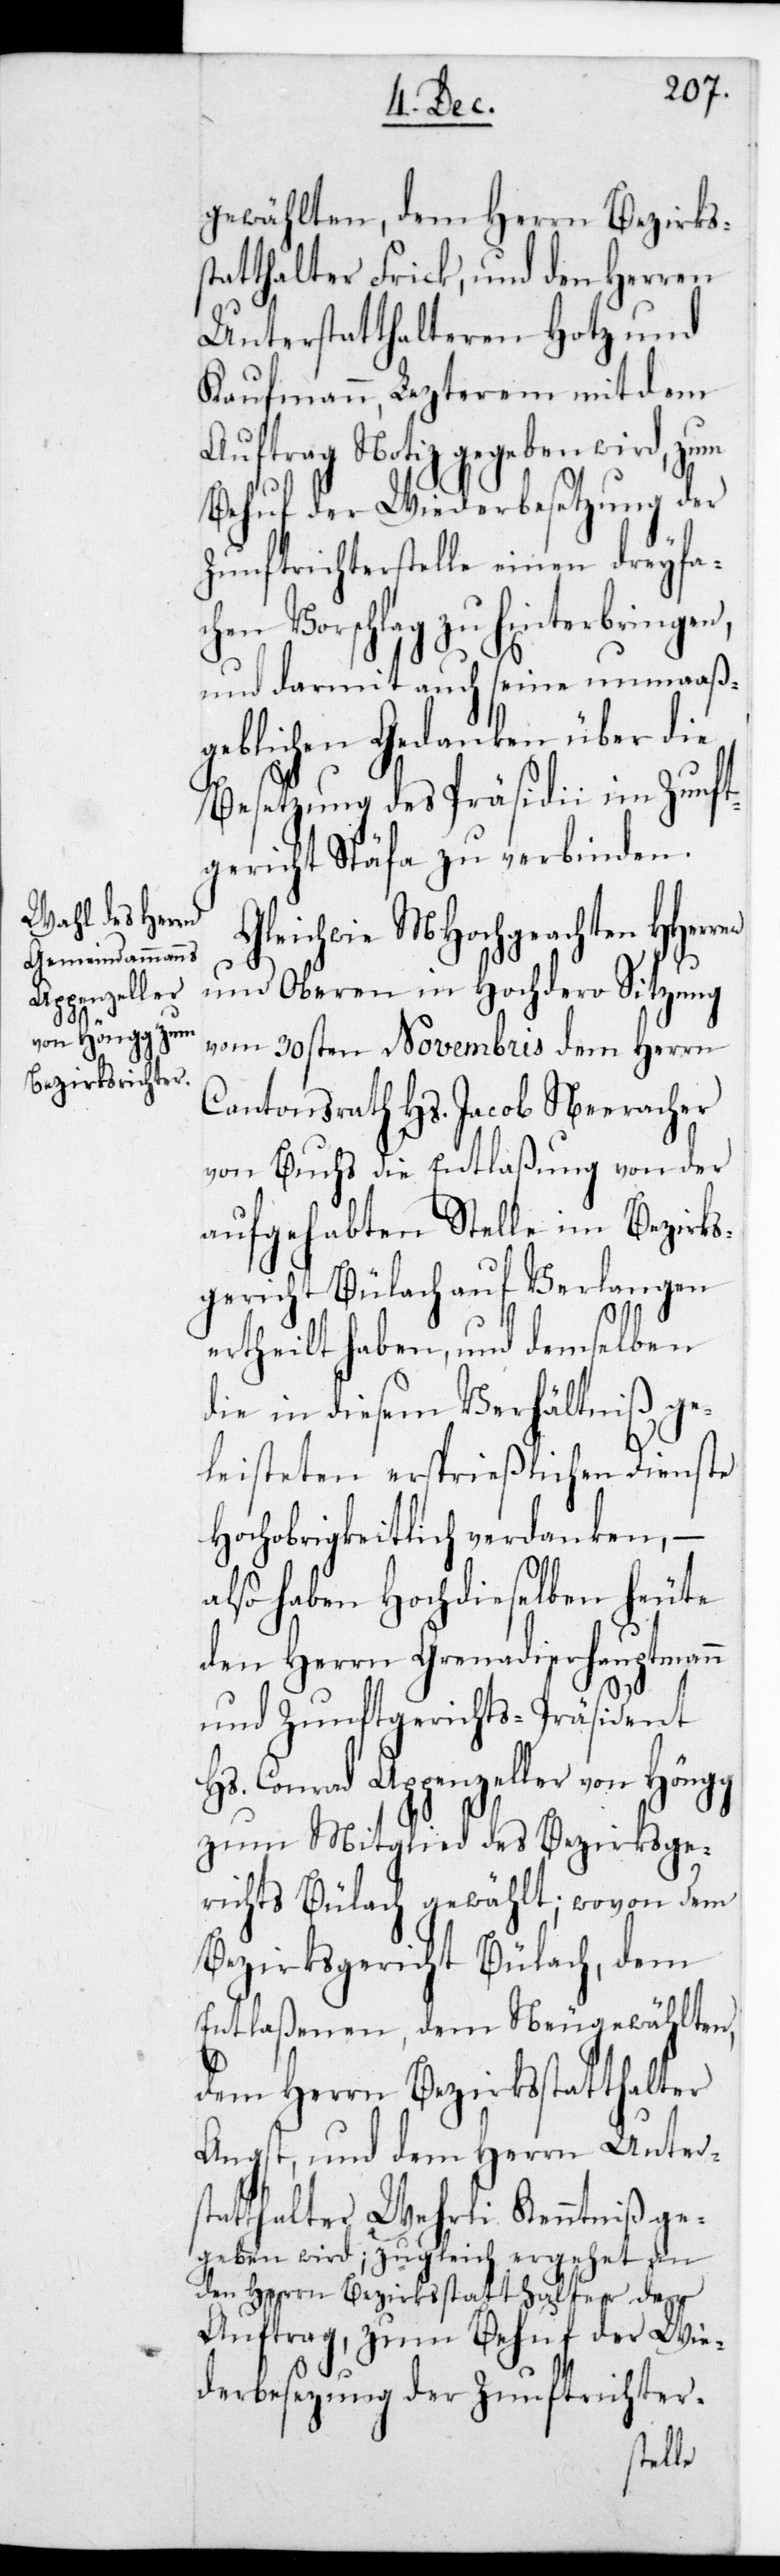
Gewählten, dem Herrn Bezirks¬
statthalter Frick und den Herren
Unterstatthalteren Hotz und
Kaufmann, lezterem mit dem
Auftrag Notiz gegeben wird, zum
Behuf der Wiederbesetzung der
Zunftrichterstelle einen dreyfac¬
hen Vorschlag zu hinterbringen,
und damit auch seine unmaaß¬
geblichen Gedanken über die
Besetzung des Präsidii im Zunft¬
gericht Stäfa zu verbinden.
Gleichwie MHochgeachten
und Oberen in Hochdero Sitzung
vom 30sten Novembris dem Herrn
Cantonsrath Hs. Jacob Neeracher
von Buchs die Entlaßung von der
aufgehabten Stelle im Bezirks¬
gericht Bülach auf Verlangen
ertheilt haben, und demselben
die in diesem Verhältniß ge¬
leisteten ersprießlichen Dienste
Hochobrigkeitlich verdanken, –
also haben Hochdieselben heute
den Herrn Grenadierhauptmann
und Zunftgerichts-Präsident
Hs. Conrad Appenzeller von Höngg
zum Mitglied des Bezirksge¬
richts Bülach gewählt; wovon dem
Bezirksgericht Bülach, dem
Entlaßenen, dem neu Gewählten,
dem Herrn Bezirksstatthalter
Angst und dem Herrn Unter¬
statthalter Wehrli Kenntniß ge¬
geben wird; zugleich ergehet an
den Herrn Bezirksstatthalter der
Auftrag, zum Behuf der Wie¬
derbesetzung der Zunftrichter-